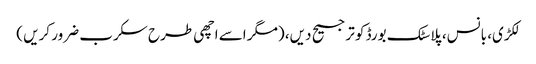
لکڑی، بانس، پلاسٹک بورڈ کو ترجیح دیں، (مگر اسے اچھی طرح سکرب ضرور کریں )